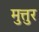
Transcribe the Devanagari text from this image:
मुत्तुर